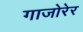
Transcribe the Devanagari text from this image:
गाजोरेर